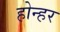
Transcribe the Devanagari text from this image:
होन्हर